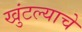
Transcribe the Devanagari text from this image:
खुंटल्याचे